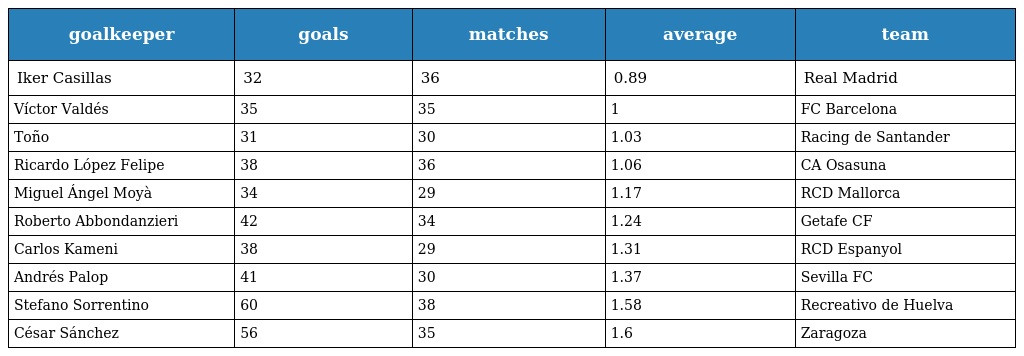
| goalkeeper | goals | matches | average | team |
 | --- | --- | --- | --- | --- |
 | Iker Casillas | 32 | 36 | 0.89 | Real Madrid |
 | Víctor Valdés | 35 | 35 | 1 | FC Barcelona |
 | Toño | 31 | 30 | 1.03 | Racing de Santander |
 | Ricardo López Felipe | 38 | 36 | 1.06 | CA Osasuna |
 | Miguel Ángel Moyà | 34 | 29 | 1.17 | RCD Mallorca |
 | Roberto Abbondanzieri | 42 | 34 | 1.24 | Getafe CF |
 | Carlos Kameni | 38 | 29 | 1.31 | RCD Espanyol |
 | Andrés Palop | 41 | 30 | 1.37 | Sevilla FC |
 | Stefano Sorrentino | 60 | 38 | 1.58 | Recreativo de Huelva |
 | César Sánchez | 56 | 35 | 1.6 | Zaragoza |